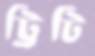
ট্রিটি